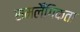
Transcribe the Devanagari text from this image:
समलैँगिकता